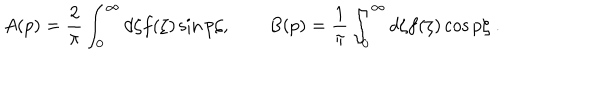
A ( p ) = \frac 2 \pi \int _ { 0 } ^ { \infty } d \zeta f ( \zeta ) \sin p \zeta , \qquad B ( p ) = \frac 1 \pi \int _ { 0 } ^ { \infty } d \zeta f ( \zeta ) \cos p \zeta \ .